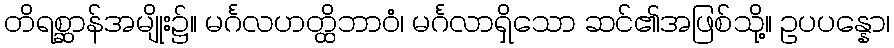
တိရစ္ဆာန်အမျိုး၌။ မင်္ဂလဟတ္ထိဘာဝံ၊ မင်္ဂလာရှိသော ဆင်၏အဖြစ်သို့။ ဥပပန္နော၊